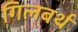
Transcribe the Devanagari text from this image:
गिलबर्थ